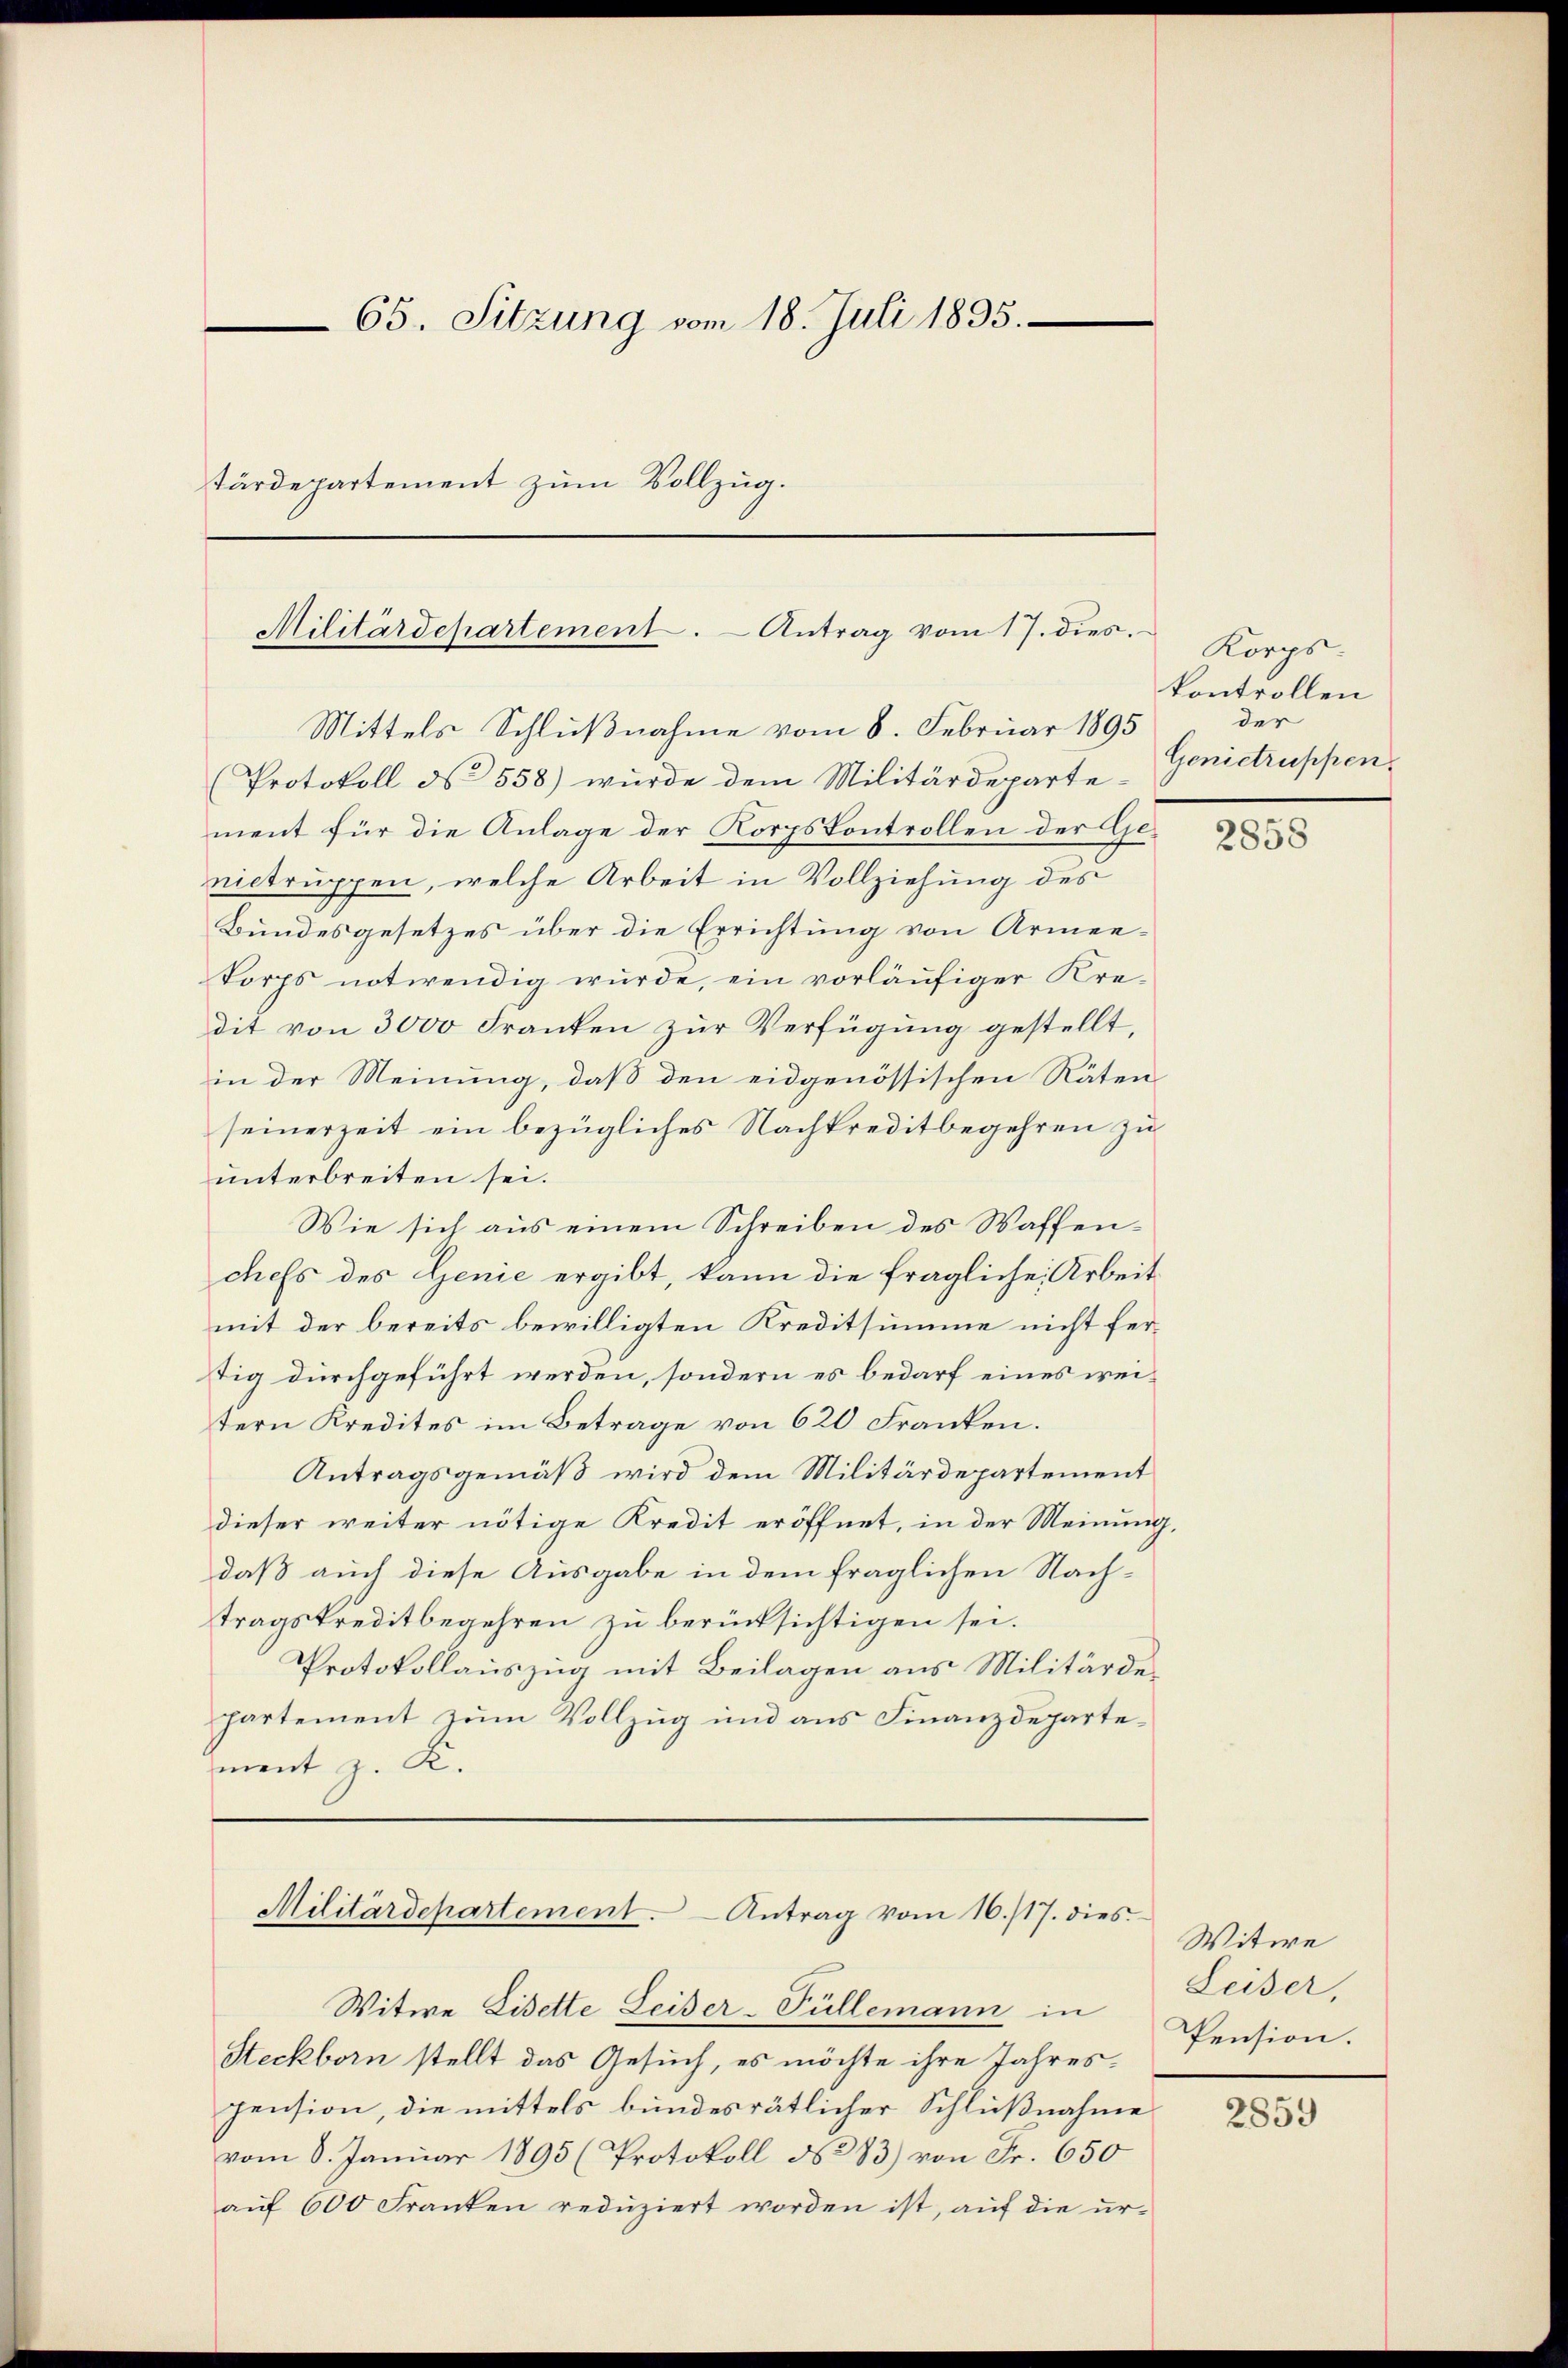
65. Sitzung vom 18. Juli 1895.
tärdepartement zum Vollzug.
Militärdepartement. - Antrag vom 17. dies.

Mittels Schlußnahme vom 8. Februar 1895
(Protokoll ds 558) wurde dem Militärdeparte-
ment für die Anlage der Korpskontrollen der Genictruppen, welche Arbeit in Vollziehung des
Bundesgesetzes über die Errichtung von Armenkorps notwendig wurde, ein vorläufiger Kredit von 3000 Franken zur Verfügung gestellt,
in der Meinung, daß den eidgenössischen Räten
seinerzeit ein bezügliches Nachkreditbegehren zu
unterbreiten sei.
Wie sich aus einem Schreiben des Waffenchefs des Genie ergibt, kann die fragliche Arbeit
mit der bereits bewilligten Kreditsumme nicht fertig durchgeführt werden, sondern es bedarf eines weitern Kredites im Betrage von 620 Franken.
Antragsgemäß wird dem Militärdepartement
dieser weiter nötige Kredit eröffnet, in der Meinung,
daß auch diese Ausgabe in dem fraglichen Nachtragskreditbegehren zu berücksichtigen sei.
Protokollauszug mit Beilagen aus Militärdepartement zum Vollzug und aus Finanzdepartement z. K.

Militärdepartement. Antrag vom 16./17. dies

Witwe Lisette Leider-Füllemann in
Steckborn stellt das Gesuch, es möchte ihre Jahres-
pension, die mittels bundesrätlicher Schlußnahme
vom 8. Januar 1895 (Protokoll No 83) von Fr. 650
aŭf 600 Franken redŭziert worden ist, aŭf die ur-

Korps:
kontrollen
der
Genietruppen.

2858

Witwe
Leiser,
Pension.

2859